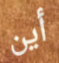
أين